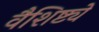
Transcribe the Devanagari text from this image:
वैशिष्ट्येेे